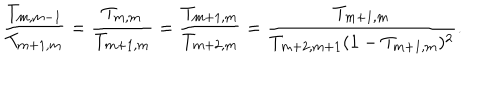
\frac { T _ { m , m - 1 } } { T _ { m + 1 , m } } = \frac { T _ { m , m } } { T _ { m + 1 , m } } = \frac { T _ { m + 1 , m } } { T _ { m + 2 , m } } = \frac { T _ { m + 1 , m } } { T _ { m + 2 , m + 1 } ( 1 - T _ { m + 1 , m } ) ^ { 2 } } .